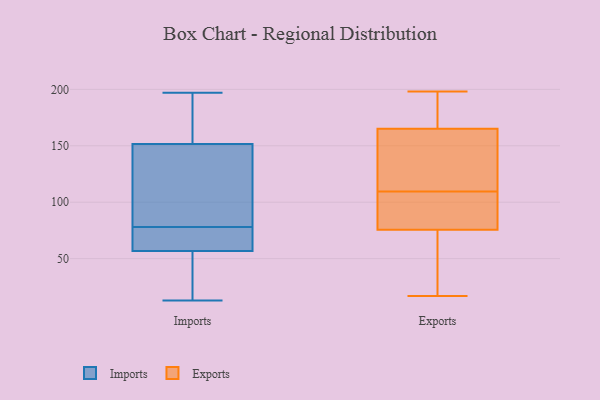
{"axis": {"x": "Satisfaction Score", "y": "Value"}, "legend": ["Exports", "Imports"], "data": [{"x": "", "y": 145, "type": "Imports"}, {"x": "", "y": 120, "type": "Imports"}, {"x": "", "y": 73, "type": "Imports"}, {"x": "", "y": 84, "type": "Imports"}, {"x": "", "y": 65, "type": "Imports"}, {"x": "", "y": 18, "type": "Imports"}, {"x": "", "y": 189, "type": "Imports"}, {"x": "", "y": 30, "type": "Imports"}, {"x": "", "y": 191, "type": "Imports"}, {"x": "", "y": 197, "type": "Imports"}, {"x": "", "y": 78, "type": "Imports"}, {"x": "", "y": 171, "type": "Imports"}, {"x": "", "y": 69, "type": "Imports"}, {"x": "", "y": 13, "type": "Imports"}, {"x": "", "y": 67, "type": "Imports"}, {"x": "", "y": 84, "type": "Imports"}, {"x": "", "y": 32, "type": "Imports"}, {"x": "", "y": 124, "type": "Exports"}, {"x": "", "y": 17, "type": "Exports"}, {"x": "", "y": 198, "type": "Exports"}, {"x": "", "y": 182, "type": "Exports"}, {"x": "", "y": 56, "type": "Exports"}, {"x": "", "y": 161, "type": "Exports"}, {"x": "", "y": 82, "type": "Exports"}, {"x": "", "y": 78, "type": "Exports"}, {"x": "", "y": 73, "type": "Exports"}, {"x": "", "y": 87, "type": "Exports"}, {"x": "", "y": 196, "type": "Exports"}, {"x": "", "y": 152, "type": "Exports"}, {"x": "", "y": 135, "type": "Exports"}, {"x": "", "y": 95, "type": "Exports"}, {"x": "", "y": 169, "type": "Exports"}, {"x": "", "y": 63, "type": "Exports"}]}